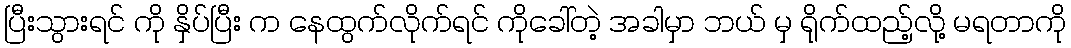
ပြီးသွားရင် ကို နှိပ်ပြီး က နေထွက်လိုက်ရင် ကိုခေါ်တဲ့ အခါမှာ ဘယ် မှ ရိုက်ထည့်လို့ မရတာကို